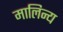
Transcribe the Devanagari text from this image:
मालिन्य